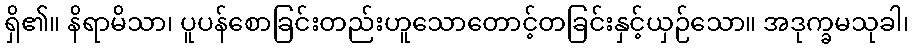
ရှိ၏။ နိရာမိသာ၊ ပူပန်စောခြင်းတည်းဟူသောတောင့်တခြင်းနှင့်ယှဉ်သော။ အဒုက္ခမသုခါ၊